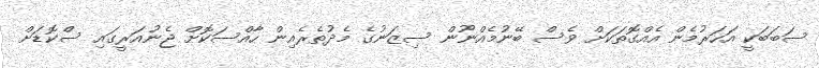
ސަބަބަކީ އަހަރުމެން އެއްގޮތަކަށް ވެސް ބޭނުމެއްނޫން ސިޒަނުގެ މެދުތެރެއިން ހާއްސަކޮށް ޖެނުއަރީގައި ސްކޮޑަށް